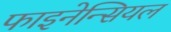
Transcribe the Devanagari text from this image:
फाइनेन्सियल